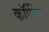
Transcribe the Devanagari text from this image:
काॅर्पेरेट